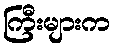
ကြီးများက